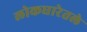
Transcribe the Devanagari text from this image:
लोकधारेतले